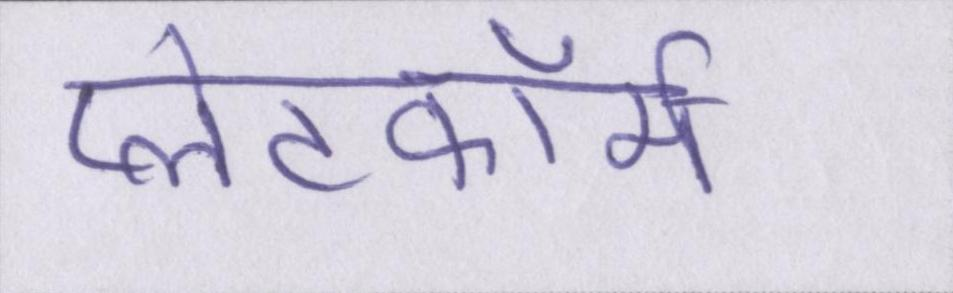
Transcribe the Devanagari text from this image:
प्लेटफॉर्म